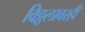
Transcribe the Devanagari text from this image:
विठ्ठलावरही